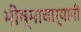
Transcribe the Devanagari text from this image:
भीष्माचार्यानी